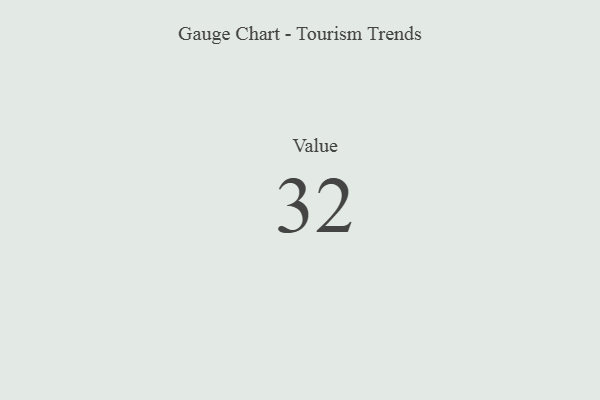
{"axis": {"x": "Metric", "y": "Value"}, "legend": [""], "data": [{"x": "Value", "y": 32, "type": ""}]}